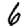
Digit: 6